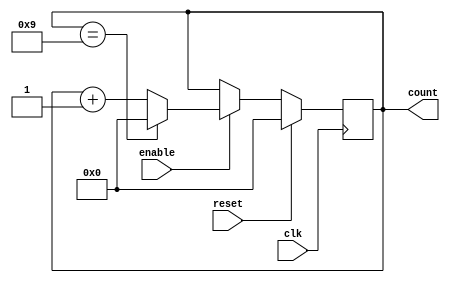
module bcd_up_counter (
    input clk,
    input enable,
    input reset,
    output reg [3:0] count
);

always @(posedge clk) begin
    if (reset) begin
        count <= 4'b0000; // Reset to 0
    end else if (enable) begin
        if (count == 4'b1001) begin
            count <= 4'b0000; // Wrap around if count is 9
        end else begin
            count <= count + 1; // Increment count by 1
        end
    end
end

endmodule